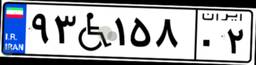
۹۳W۱۵۸۰۲